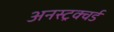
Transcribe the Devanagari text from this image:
अनस्ट्रक्चर्ड